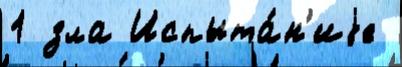
1 зла Испыта́н'иjе